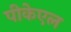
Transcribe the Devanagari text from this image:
पीकेएल